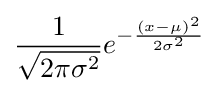
{\frac {1}{\sqrt {2\pi \sigma ^{2}}}}e^{-{\frac {(x-\mu )^{2}}{2\sigma ^{2}}}}